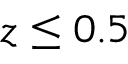
z \le 0 . 5